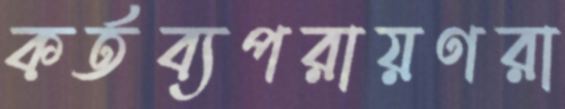
কর্তব্যপরায়ণরা